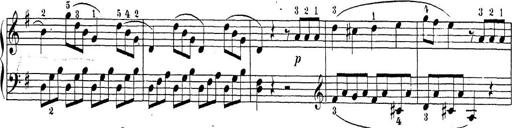
Title: Sonatina Album
Composer: Louis KÃ¶hler